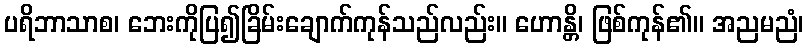
ပရိဘာသာစ၊ ဘေးကိုပြ၍ခြိမ်းချောက်ကုန်သည်လည်း။ ဟောန္တိ၊ ဖြစ်ကုန်၏။ အညမညံ၊